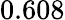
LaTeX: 0.608